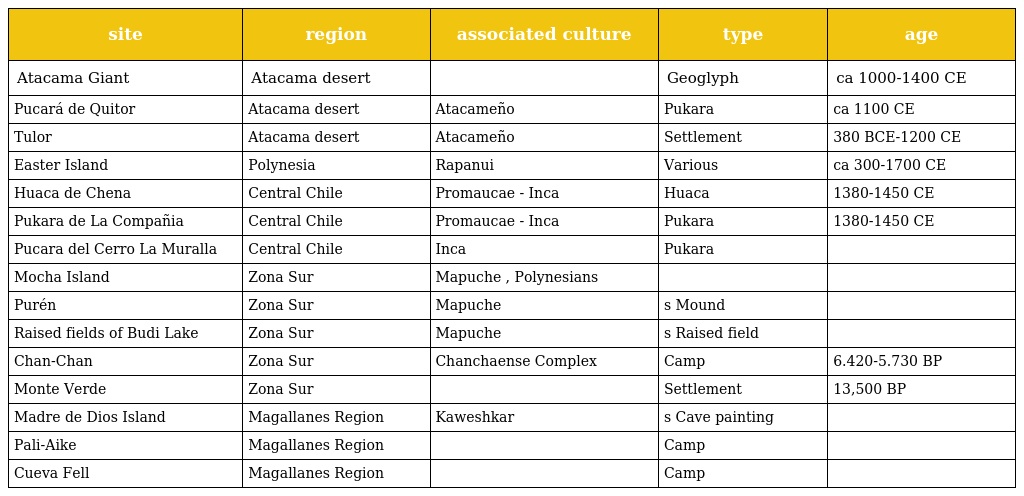
| site | region | associated culture | type | age |
 | --- | --- | --- | --- | --- |
 | Atacama Giant | Atacama desert |  | Geoglyph | ca 1000-1400 CE |
 | Pucará de Quitor | Atacama desert | Atacameño | Pukara | ca 1100 CE |
 | Tulor | Atacama desert | Atacameño | Settlement | 380 BCE-1200 CE |
 | Easter Island | Polynesia | Rapanui | Various | ca 300-1700 CE |
 | Huaca de Chena | Central Chile | Promaucae - Inca | Huaca | 1380-1450 CE |
 | Pukara de La Compañia | Central Chile | Promaucae - Inca | Pukara | 1380-1450 CE |
 | Pucara del Cerro La Muralla | Central Chile | Inca | Pukara |  |
 | Mocha Island | Zona Sur | Mapuche , Polynesians |  |  |
 | Purén | Zona Sur | Mapuche | s Mound |  |
 | Raised fields of Budi Lake | Zona Sur | Mapuche | s Raised field |  |
 | Chan-Chan | Zona Sur | Chanchaense Complex | Camp | 6.420-5.730 BP |
 | Monte Verde | Zona Sur |  | Settlement | 13,500 BP |
 | Madre de Dios Island | Magallanes Region | Kaweshkar | s Cave painting |  |
 | Pali-Aike | Magallanes Region |  | Camp |  |
 | Cueva Fell | Magallanes Region |  | Camp |  |